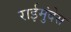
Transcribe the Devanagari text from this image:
राईमुंदेस